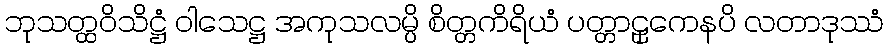
ဘုသတ္ထဝိသိဋ္ဌံ ဝါသေဋ္ဌ အကုသလမ္ပိ စိတ္တကိရိယံ ပတ္တာဠှကေနပိ လတာဒုဿံ